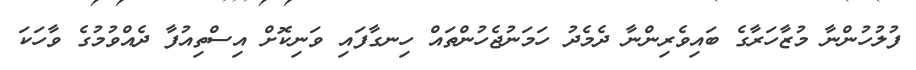
ފުލުހުންނާ މުޒާހަރާގެ ބައިވެރިންނާ ދެމެދު ހަމަނުޖެހުންތައް ހިނގާފައި ވަނިކޮށް އިސްތިއުފާ ދެއްވުމުގެ ވާހަކަ